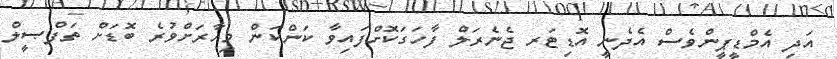
އަދި އެމްޑީޕީންވެސް އެދެނީ އޮޑިޓަރ ޖެނެރަލް ފާހަގަކޮށްފައިވާ ކަންކަން މިހާރަށްވުރެ ބޮޑަށް ތަފްޞީލް